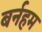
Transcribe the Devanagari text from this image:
बर्नहम